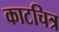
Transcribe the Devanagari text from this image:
काटचित्र